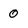
Character: 0